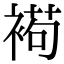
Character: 𧛩